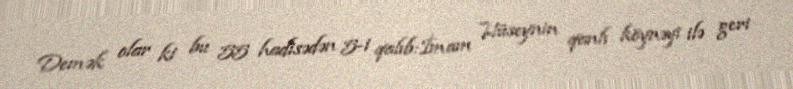
Demək olar ki bu 55 hadisədən 5-i qalıb:İmam Hüseynin qanlı köynəyi ilə geri